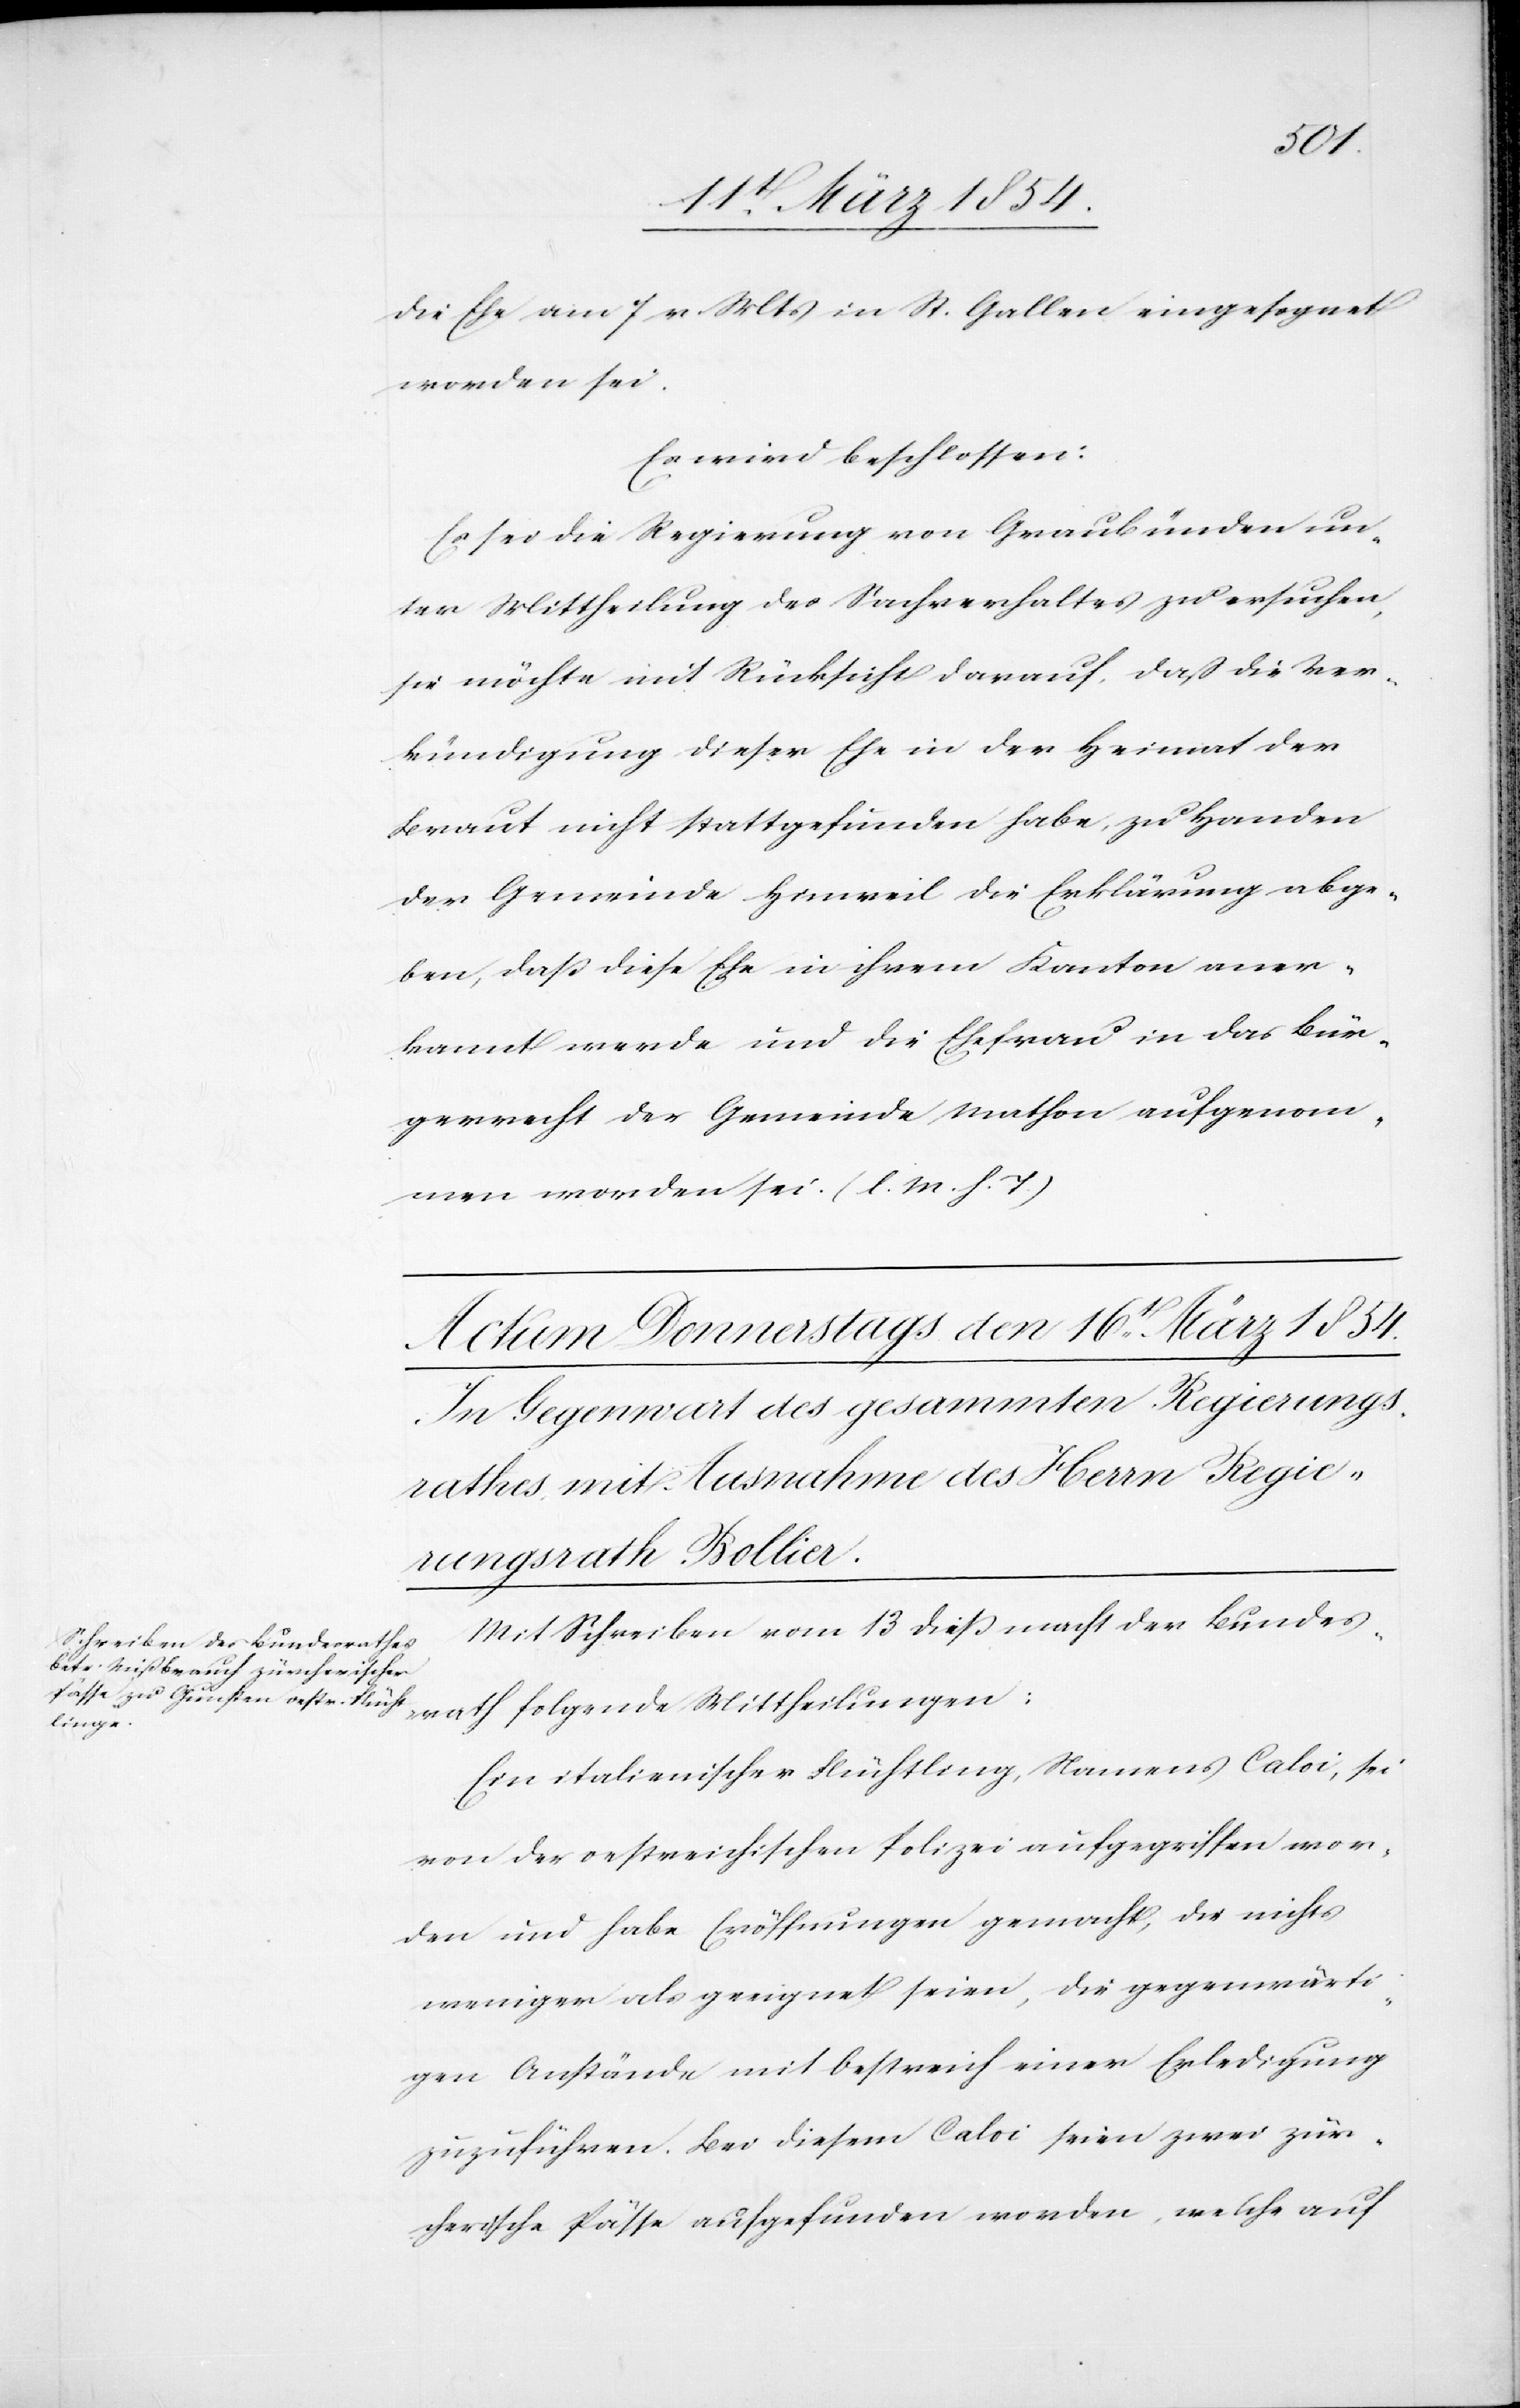
die Ehe am 7 v. Mts in St. Gallen eingesegnet
worden sei.
Es wird beschlossen:
Es sei die Regierung von Graubünden un¬
ter Mittheilung des Sachverhaltes zu ersuchen,
sie möchte mit Rücksicht darauf, daß die Ver¬
kündigung dieser Ehe in der Heimat der
Braut nicht stattgefunden habe, zu Handen
der Gemeinde Hinweil die Erklärung abge¬
ben, daß die Ehe in ihrem Kanton aner¬
kannt werde und die Ehefrau in das Bür¬
gerrecht der Gemeinde Mathon aufgenom¬
men worden sei. (l. M. h. T.)
Mit Schreiben vom 13 dieß macht der Bundes¬
rath folgende Mittheilungen:
Ein italienischer Flüchtling, Namens Caloi, sei
von der oestreichischen Polizei aufgegriffen wor¬
den und habe Eröffnungen gemacht, die nichts
weniger als geeignet seien, gegenwärti¬
gen Anstände mit Oestreich einer Erledigung
zuzuführen. Bei diesem Caloi seien zwei zür¬
cherische Pässe aufgefunden worden welche auf